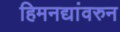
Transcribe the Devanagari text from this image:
हिमनद्यांवरुन